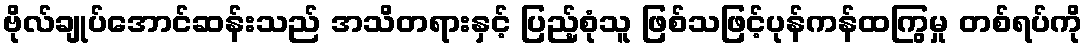
ဗိုလ်ချုပ်အောင်ဆန်းသည် အသိတရားနှင့် ပြည့်စုံသူ ဖြစ်သဖြင့်ပုန်ကန်ထကြွမှု တစ်ရပ်ကို